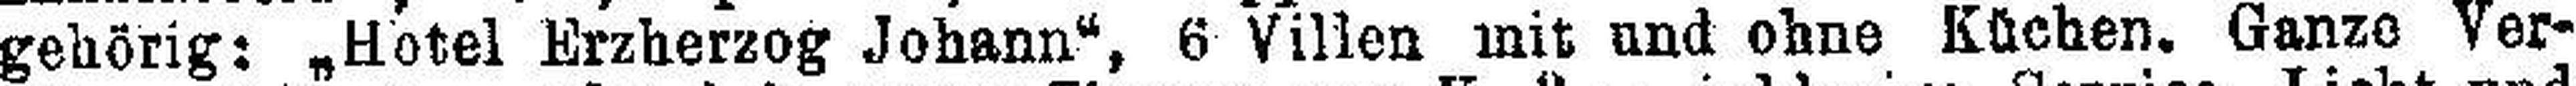
gehörig: „Hotel Erzherzog Johann“, 6 Villen mit und ohne Küchen. Ganze Ver¬